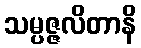
သမ္ပဇ္ဇလိတာနိ